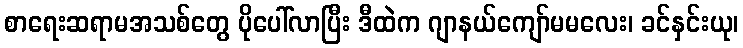
စာရေးဆရာမအသစ်တွေ ပိုပေါ်လာပြီး ဒီထဲက ဂျာနယ်ကျော်မမလေး၊ ခင်နှင်းယု၊